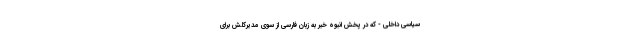
سیاسی داخلی - که در پخش انبوه خبر به زبان فارسی از سوی مدیرکلش برای